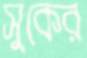
সুকের